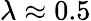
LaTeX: \lambda\approx 0.5